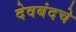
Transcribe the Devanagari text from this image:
देवबंदचे